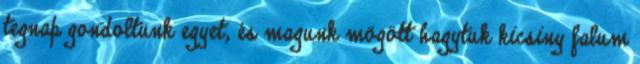
tegnap gondoltunk egyet, és magunk mögött hagytuk kicsiny falum